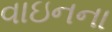
વાઇનના